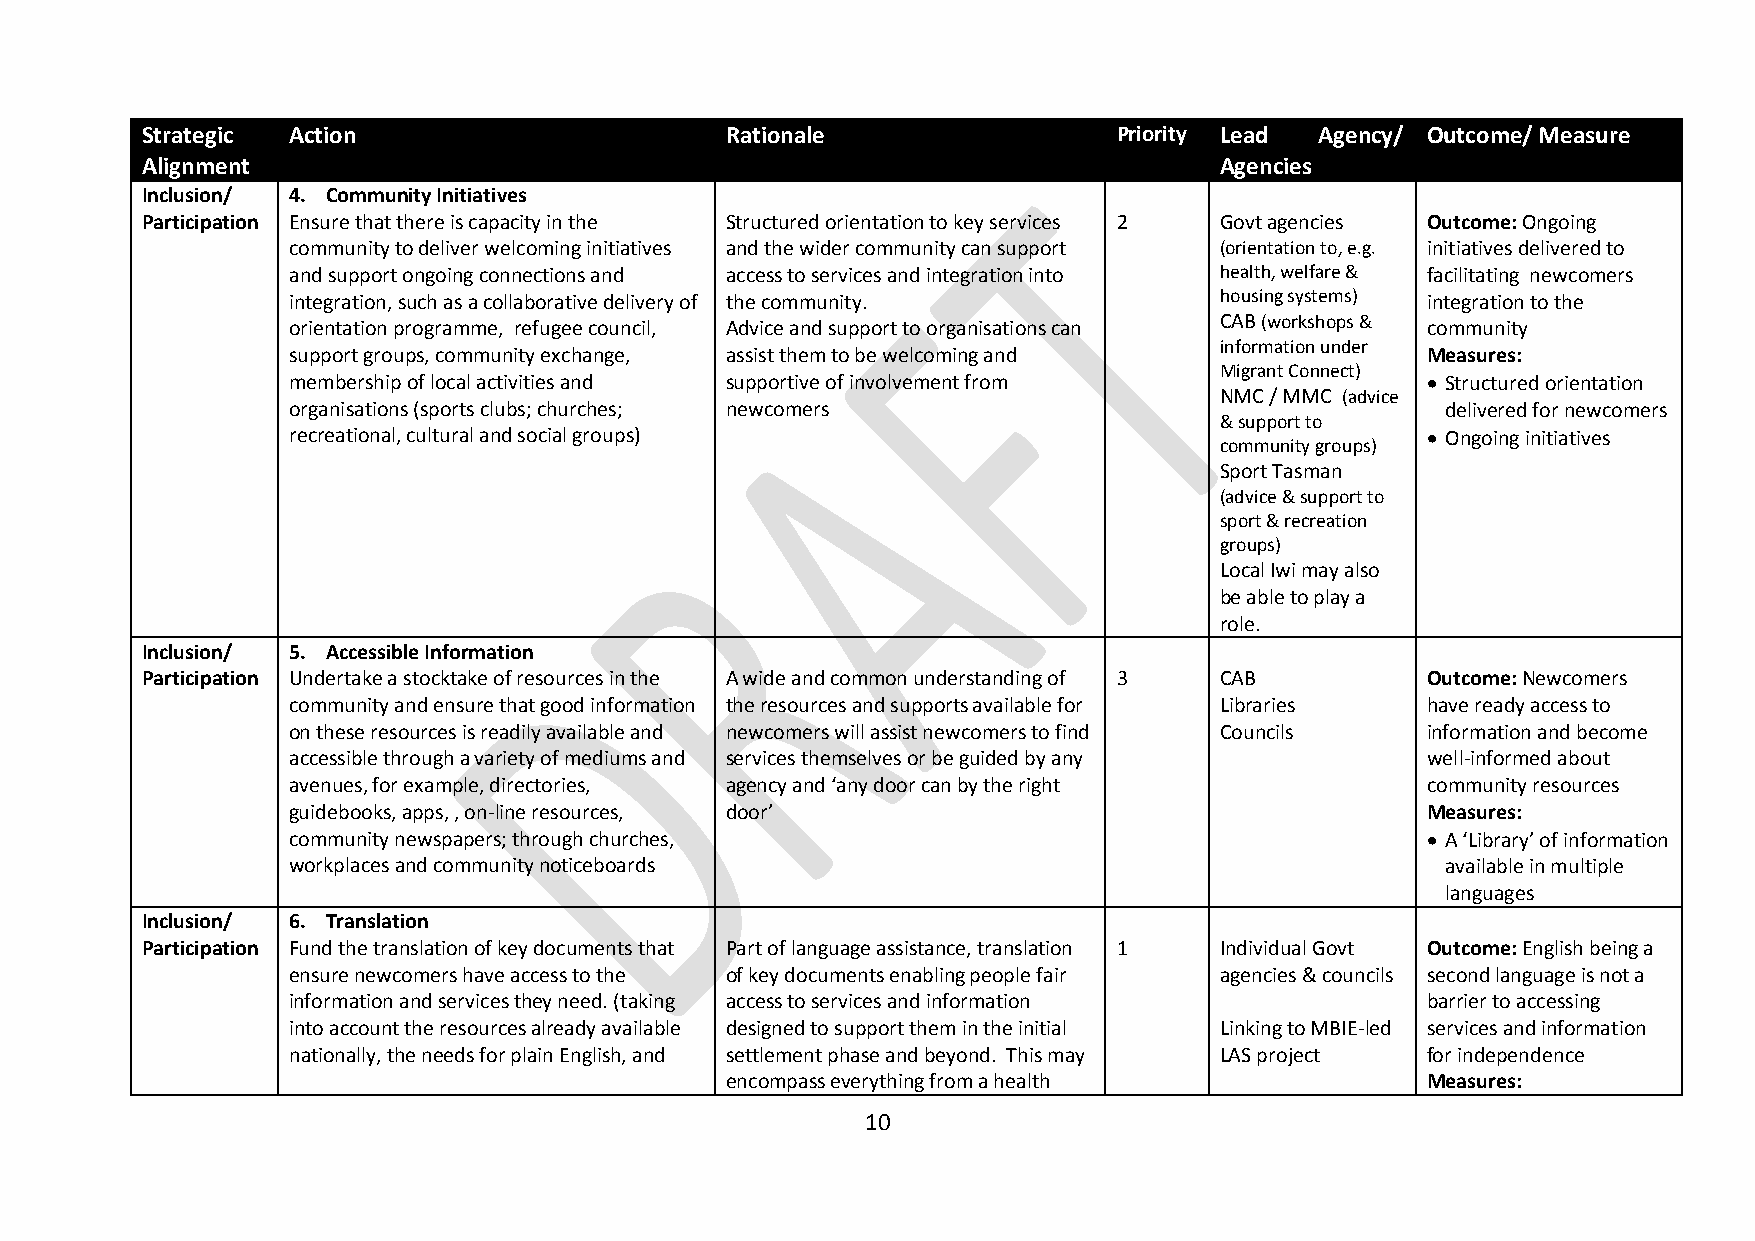
Strategic Action                       Rationale                 Priority Lead Agency/ Outcome/ Measure
 Alignment                                                               Agencies
 Inclusion/ 4. Community Initiatives
 Participation Ensure that there is capacity in the Structured orientation to key services 2 Govt agencies Outcome: Ongoing
 community to deliver welcoming initiatives and the wider community can support (orientation to, e.g. initiatives delivered to
 and support ongoing connections and access to services and integration into health, welfare & facilitating newcomers
 integration, such as a collaborative delivery of the community. housing systems) integration to the
 orientation programme, refugee council, Advice and support to organisations can CAB (workshops & community
 information under
 support groups, community exchange, assist them to be welcoming and        Measures:
 Migrant Connect)
 membership of local activities and supportive of involvement from           Structured orientation
 NMC / MMC (advice
 organisations (sports clubs; churches; newcomers                             delivered for newcomers
 & support to
 recreational, cultural and social groups)                                   Ongoing initiatives
 community groups)
 Sport Tasman
 (advice & support to
 sport & recreation
 groups)
 Local Iwi may also
 be able to play a
 role.
 Inclusion/ 5. Accessible Information
 Participation Undertake a stocktake of resources in the A wide and common understanding of 3 CAB Outcome: Newcomers
 community and ensure that good information the resources and supports available for Libraries have ready access to
 on these resources is readily available and newcomers will assist newcomers to find Councils information and become
 accessible through a variety of mediums and services themselves or be guided by any well-informed about
 avenues, for example, directories, agency and ‘any door can by the right   community resources
 guidebooks, apps, , on-line resources, door’                               Measures:
 community newspapers; through churches,                                     A ‘Library’ of information
 workplaces and community noticeboards                                        available in multiple
 languages
 Inclusion/ 6. Translation
 Participation Fund the translation of key documents that Part of language assistance, translation 1 Individual Govt Outcome: English being a
 ensure newcomers have access to the of key documents enabling people fair agencies & councils second language is not a
 information and services they need. (taking access to services and information barrier to accessing
 into account the resources already available designed to support them in the initial Linking to MBIE-led services and information
 nationally, the needs for plain English, and settlement phase and beyond. This may LAS project for independence
 encompass everything from a health            Measures:
 10